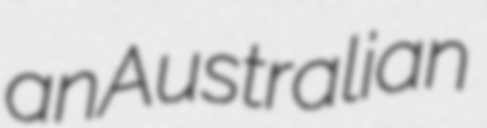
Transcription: an Australian